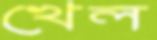
খেল